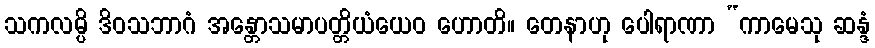
သကလမ္ပိ ဒိဝသဘာဂံ အန္တောသမာပတ္တိယံယေဝ ဟောတိ။ တေနာဟု ပေါရာဏာ “ကာမေသု ဆန္ဒံ